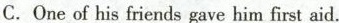
C. One of his friends gave him first aid.